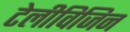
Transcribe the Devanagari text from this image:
टेलीविजिन